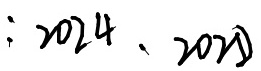
: 2 0 2 4 、 2 0 2 0